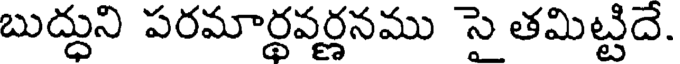
బుద్ధుని పరమార్థవర్ణనము సై తమిట్టిదే.